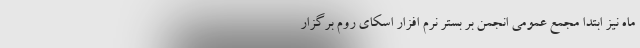
ماه نیز ابتدا مجمع عمومی انجمن بر بستر نرم افزار اسکای روم برگزار